Sanitation, dispensaries and jails vaccination Rajputana 1922-1927 - 1922-1927
Year: 1922
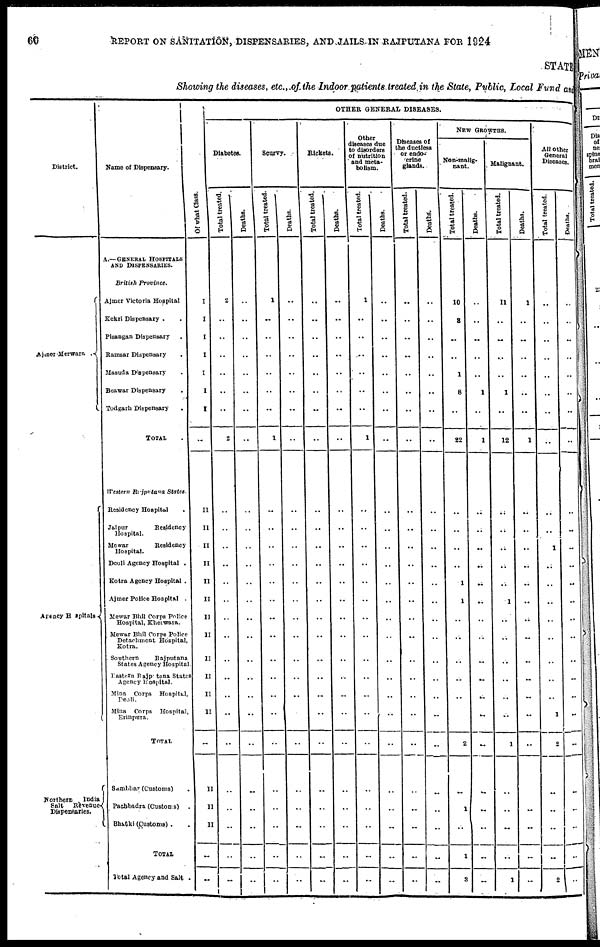
60
REPORT ON SANITATION, DISPENSARIES, AND JAILS IN RAJPUTANA FOR 1924
STATE
Showing the diseases, etc., of the Indoor patients treated in the State, Public, Local Fund and
District.
Ajmer Merwara .
Agency Hospitals
Northern
India
Salt
Revenue
Dispensaries.
Name of Dispensary.
A.—GENERAL HOSPITALS
AND DISPENSARIES.
British
Province.
Ajmer Victoria Hospital
Kekri Dispensary . .
Pisangan Dispensary .
Ramsar Dispensary .
Masuda Dispensary .
Beawar Dispensary .
Todgarh Dispensary
.
TOTAL .
Western Rajputana
States.
Residency Hospital .
Jaipur
Residency
Hospital.
Mewar
Residency
Hospital.
Deoli Agency Hospital .
Kotra Agency Hospital .
Ajmer Police Hospital .
Mewar Bhil Corps Police
Hospital, Kherwara.
Mewar Bhil Corps Police
Detachment Hospital,
Kotra.
Southern
Rajputana
States Agency Hospital .
Eastern Rajputana States
Agency Hospital.
Mina Corps
Hospital,
Deoli.
Mina Corps
Hospital,
Erinpura.
TOTAL
Sambhar (Customs) .
Pachbadra (Customs)
.
Bhatki (Customs) . .
TOTAL
Total Agency and Salt .
Of what Class.
I
I
I
I
I
I
I
..
II
II
II
II
II
II
II
II
II
II
II
II
..
II
II
II
..
..
OTHER GENERAL DISEASES.
Diabetes.
Total treated.
2
..
..
..
..
..
..
2
..
..
..
..
..
..
..
..
..
..
..
..
..
..
..
..
..
..
Deaths.
..
..
..
..
..
..
..
..
..
..
..
..
..
..
..
..
..
..
..
..
..
..
..
..
..
..
Scurvy.
Total treated.
1
..
..
..
..
..
..
1
..
..
..
..
..
..
..
..
..
..
..
..
..
..
..
..
..
..
Deaths.
..
..
..
..
..
..
..
..
..
..
..
..
..
..
..
..
..
..
..
..
..
..
..
..
..
..
Rickets.
Total treated.
..
..
..
..
..
..
..
..
..
..
..
..
..
..
..
..
..
..
..
..
..
..
..
..
..
..
Deaths.
..
..
..
..
..
..
..
..
..
..
..
..
..
..
..
..
..
..
..
..
..
..
..
..
..
..
Other
diseases due
to disorders
of nutrition
and meta-
bolism.
Total treated.
1
..
..
..
..
..
..
1
..
..
..
..
..
..
..
..
..
..
..
..
..
..
..
..
..
..
Deaths.
..
..
..
..
..
..
..
..
..
..
..
..
..
..
..
..
..
..
..
..
..
..
..
..
..
..
Diseases of
the ductless
or endo¬
crine
glands.
Total treated.
..
..
..
..
..
..
..
..
..
..
..
..
..
..
..
..
..
..
..
..
..
..
..
..
..
..
Deaths.
..
..
..
..
..
..
..
..
..
..
..
..
..
..
..
..
..
..
..
..
..
..
..
..
..
..
NEW GROWTHS.
Non-malig¬
nant.
Total treated.
10
3
..
..
1
8
..
22
..
..
..
..
1
1
..
..
..
..
..
..
2
..
1
..
1
3
Deaths.
..
..
..
..
..
1
..
1
..
..
..
..
..
..
..
..
..
..
..
..
..
..
..
..
..
..
Malignant.
Total treated.
11
..
..
..
..
1
..
12
..
..
..
..
..
1
..
..
..
..
..
..
1
..
..
..
..
1
Deaths.
1
..
..
..
..
..
..
1
..
..
..
..
..
..
..
..
..
..
..
..
..
..
..
..
..
..
All other
General
Diseases.
Total treated.
..
..
..
..
..
..
..
..
..
..
1
..
..
..
..
..
..
..
..
1
2
..
..
..
..
2
Deaths.
..
..
..
..
..
..
..
..
..
..
..
..
..
..
..
..
..
..
..
..
..
..
..
..
..
..